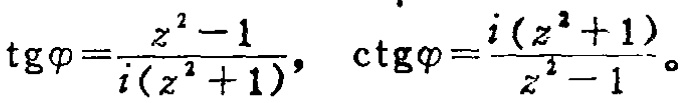
\(\operatorname{tg}\varphi=\frac{z^{2}-1}{i\left(z^{2}+1\right)}, \quad \operatorname{ctg}\varphi=\frac{i\left(z^{2}+1\right)}{z^{2}-1} 。\)